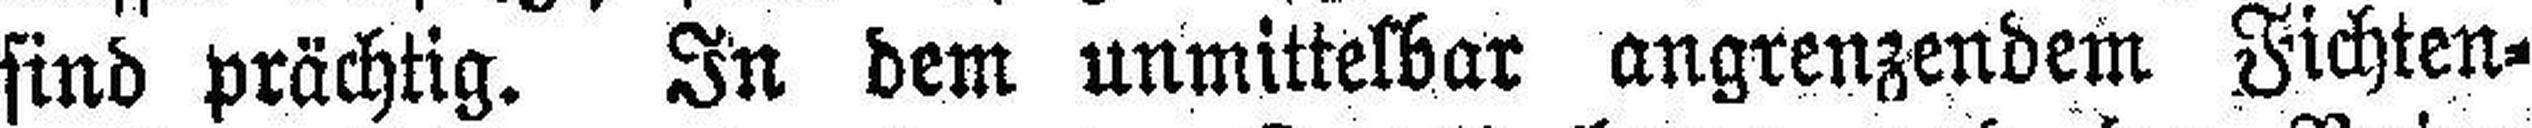
sind prächtig. In dem unmittelbar angrenzendem Fichten¬